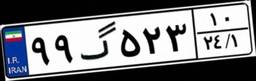
۰۱گ۲۰۷۵۵